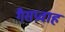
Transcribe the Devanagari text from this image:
गैसप्रवाह